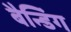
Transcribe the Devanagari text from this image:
बैन्डिंग